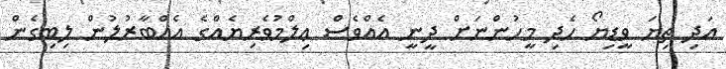
އަދި ތިޔަ ވީޑިޔޯ ހެދި މީހުންނަށް ދީނީ އެއްވެސް ޢިލްމުވެރިޔެއްގެ އެއްބާރުލުން ލިބިގެން